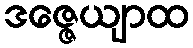
ဒဇ္ဇေယျာထ